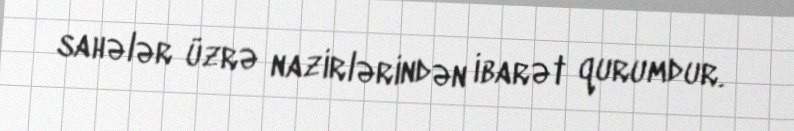
sahələr üzrə nazirlərindən ibarət qurumdur.